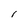
Character: I